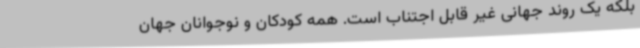
بلکه یک روند جهانی غیر قابل اجتناب است. همه کودکان و نوجوانان جهان